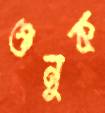
গুনুক